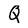
Character: Q